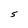
Character: S